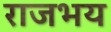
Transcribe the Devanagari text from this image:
राजभय